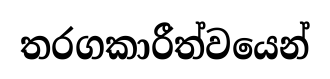
තරගකාරීත්වයෙන්